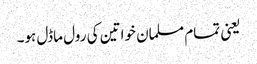
یعنی تمام مسلمان خواتین کی رول ماڈل ہو۔